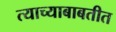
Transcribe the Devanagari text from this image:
त्याच्याबाबतीत